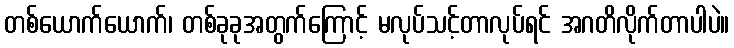
တစ်ယောက်ယောက်၊ တစ်ခုခုအတွက်ကြောင့် မလုပ်သင့်တာလုပ်ရင် အဂတိလိုက်တာပါပဲ။